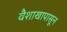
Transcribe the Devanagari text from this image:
वैशाखापासून